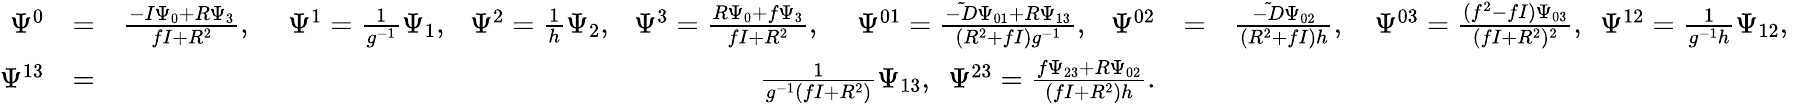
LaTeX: \begin{array}{rlrlr}{\Psi^{0}}&{=}&{\frac{-I\Psi_{0}+R\Psi_{3}}{fI+R^{2}},~~~~~\Psi^{1}=\frac{1}{g^{-1}}\Psi_{1},~~~\Psi^{2}=\frac{1}{h}\Psi_{2},~~~\Psi^{3}=\frac{R\Psi_{0}+f\Psi_{3}}{fI+R^{2}},~~~~~\Psi^{01}=\frac{\tilde{-D}\Psi_{01}+R\Psi_{13}}{(R^{2}+fI)g^{-1}},\ ~~\Psi^{02}}&{=}&{\frac{\tilde{-D}\Psi_{02}}{(R^{2}+fI)h},~~~~\Psi^{03}=\frac{(f^{2}-fI)\Psi_{03}}{(fI+R^{2})^{2}},~~\Psi^{12}=\frac{1}{g^{-1}h}\Psi_{12},~~}\\ {\Psi^{13}}&{=}&{\frac{1}{g^{-1}(fI+R^{2})}\Psi_{13},~~\Psi^{23}=\frac{f\Psi_{23}+R\Psi_{02}}{(fI+R^{2})h}.}\end{array}